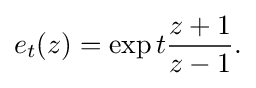
\displaystyle {e_{t}(z)=\exp t{z+1 \over z-1}.}